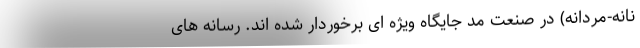
نانه-مردانه) در صنعت مد جایگاه ویژه ای برخوردار شده اند. رسانه های